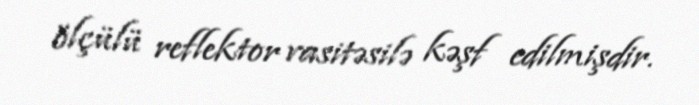
ölçülü reflektor vasitəsilə kəşf edilmişdir.